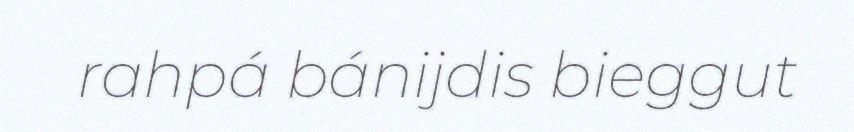
rahpá bánijdis bieggut